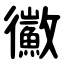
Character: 鰴